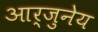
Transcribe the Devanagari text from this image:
आर्जुनेय